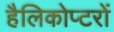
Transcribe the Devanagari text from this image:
हैलिकोप्‍टरों